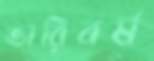
ভারিবর্ষ